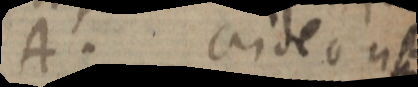
A. crideo _